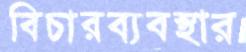
বিচারব্যবস্থার